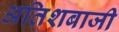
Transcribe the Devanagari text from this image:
अतिशबाजी